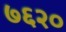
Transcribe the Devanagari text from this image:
७६२०